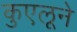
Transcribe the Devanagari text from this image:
कुएलूने